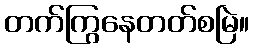
တက်ကြွနေတတ်စမြဲ။